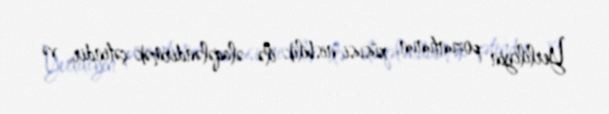
Yerliliyin pozuntunun, xüsusi nisbilik ilə əlaqələndirmək çətindir, və